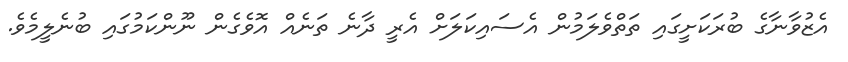
އެޒުވާނާގެ ބުރަކަށީގައި ތަތްވެލަމުން އެސައިކަލަށް އެރީ ދާނެ ތަނެއް އޮވެގެން ނޫންކަމުގައި ބުނެލީމެވެ.